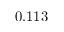
0 . 1 1 3